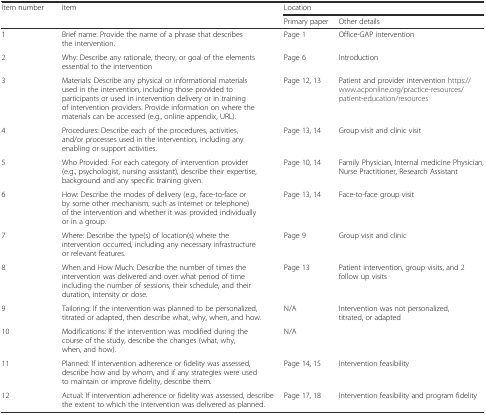
<table><thead><tr><td rowspan="2"><b>Item number</b></td><td rowspan="2"><b>Item</b></td><td colspan="2"><b>Location</b></td></tr><tr><td><b>Primary paper</b></td><td><b>Other details</b></td></tr></thead><tbody><tr><td>1</td><td>Brief name: Provide the name of a phrase that describes the intervention.</td><td>Page 1</td><td>Office-GAP intervention</td></tr><tr><td>2</td><td>Why: Describe any rationale, theory, or goal of the elements essential to the intervention</td><td>Page 6</td><td>Introduction</td></tr><tr><td>3</td><td>Materials: Describe any physical or informational materials used in the intervention, including those provided to participants or used in intervention delivery or in training of intervention providers. Provide information on where the materials can be accessed (e.g., online appendix, URL).</td><td>Page 12, 13</td><td>Patient and provider intervention https://www.acponline.org/practice-resources/patient-education/resources</td></tr><tr><td>4</td><td>Procedures: Describe each of the procedures, activities, and/or processes used in the intervention, including any enabling or support activities.</td><td>Page 13, 14</td><td>Group visit and clinic visit</td></tr><tr><td>5</td><td>Who Provided: For each category of intervention provider (e.g., psychologist, nursing assistant), describe their expertise, background and any specific training given.</td><td>Page 10, 14</td><td>Family Physician, Internal medicine Physician, Nurse Practitioner, Research Assistant</td></tr><tr><td>6</td><td>How: Describe the modes of delivery (e.g., face-to-face or by some other mechanism, such as internet or telephone) of the intervention and whether it was provided individually or in a group.</td><td>Page 13, 14</td><td>Face-to-face group visit</td></tr><tr><td>7</td><td>Where: Describe the type(s) of location(s) where the intervention occurred, including any necessary infrastructure or relevant features.</td><td>Page 9</td><td>Group visit and clinic</td></tr><tr><td>8</td><td>When and How Much: Describe the number of times the intervention was delivered and over what period of time including the number of sessions, their schedule, and their duration, intensity or dose.</td><td>Page 13</td><td>Patient intervention, group visits, and 2 follow up visits</td></tr><tr><td>9</td><td>Tailoring: If the intervention was planned to be personalized, titrated or adapted, then describe what, why, when, and how.</td><td>N/A</td><td>Intervention was not personalized, titrated, or adapted</td></tr><tr><td>10</td><td>Modifications: If the intervention was modified during the course of the study, describe the changes (what, why, when, and how).</td><td>N/A</td><td></td></tr><tr><td>11</td><td>Planned: If intervention adherence or fidelity was assessed, describe how and by whom, and if any strategies were used to maintain or improve fidelity, describe them.</td><td>Page 14, 15</td><td>Intervention feasibility</td></tr><tr><td>12</td><td>Actual: If intervention adherence or fidelity was assessed, describe the extent to which the intervention was delivered as planned.</td><td>Page 17, 18</td><td>Intervention feasibility and program fidelity</td></tr></tbody></table>